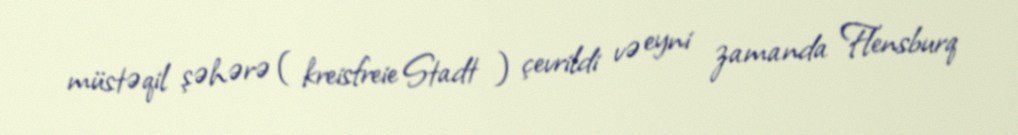
müstəqil şəhərə ( kreisfreie Stadt ) çevrildi və eyni zamanda Flensburq